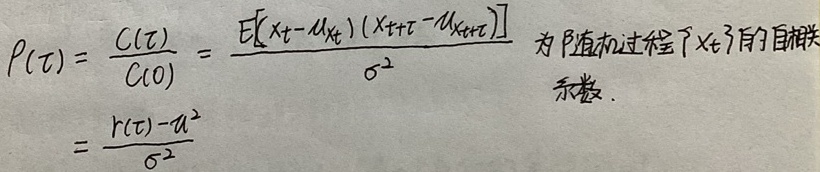
为随机过程\(\{X_t\}\)的自相关系数。
\[
\begin{align*}
\rho(\tau)&=\frac{C(\tau)}{C(0)}=\frac{E[(X_t - \mu_{X_t})(X_{t+\tau}-\mu_{X_{t+\tau}})]}{\sigma^2}\\
&=\frac{r(\tau)-a^2}{\sigma^2}
\end{align*}
\]